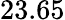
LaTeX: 23.65